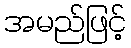
အမည်ဖြင့်